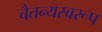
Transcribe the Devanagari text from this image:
चैतन्यस्वरूप